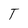
Character: T